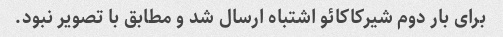
برای بار دوم شیرکاکائو اشتباه ارسال شد و مطابق با تصویر نبود.